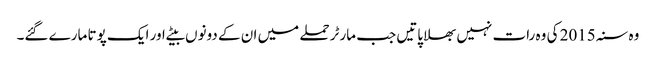
وہ سنہ 2015 کی وہ رات نہیں بھلا پاتیں جب مارٹر حملے میں ان کے دونوں بیٹے اور ایک پوتا مارے گئے۔